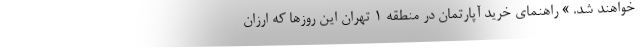
خواهند شد. » راهنمای خرید آپارتمان در منطقه 1 تهران این روزها که ارزان